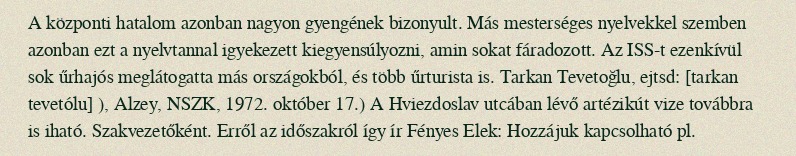
A központi hatalom azonban nagyon gyengének bizonyult. Más mesterséges nyelvekkel szemben azonban ezt a nyelvtannal igyekezett kiegyensúlyozni, amin sokat fáradozott. Az ISS-t ezenkívül sok űrhajós meglátogatta más országokból, és több űrturista is. Tarkan Tevetoğlu, ejtsd: [tarkan tevetólu] ), Alzey, NSZK, 1972. október 17.) A Hviezdoslav utcában lévő artézikút vize továbbra is iható. Szakvezetőként. Erről az időszakról így ír Fényes Elek: Hozzájuk kapcsolható pl.